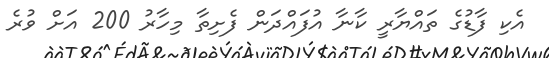
އެކި ފާޑުގެ ތައްޔާރީ ކާނާ އުފައްދަން ފެށިތާ މިހާރު 200 އަށް ވުރެ